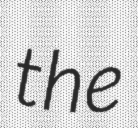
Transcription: the